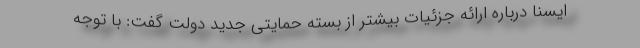
ایسنا درباره ارائه جزئیات بیشتر از بسته حمایتی جدید دولت گفت: با توجه